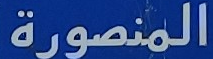
المنصورة